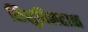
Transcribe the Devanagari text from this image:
शिशुविनहाळ